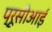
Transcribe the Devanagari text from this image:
प्रूसीआई